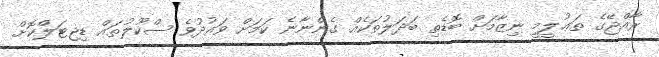
ރާއްޖޭގެ ތަޢުލީމީ ނިޒާމަށް ބޮޑެތި ބަދަލުތަކެއް ގެންނާނެ ކަމަށް ވައުދުވެ ސްކޫލުތައް ޑިޖިޓަލްކޮށް